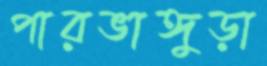
পারভাঙ্গুড়া